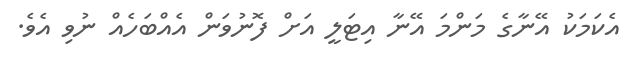
އެކަމަކު އޭނާގެ މަންމަ އޭނާ އިޓަލީ އަށް ފޮނުވަން އެއްބަހެއް ނުވި އެވެ.